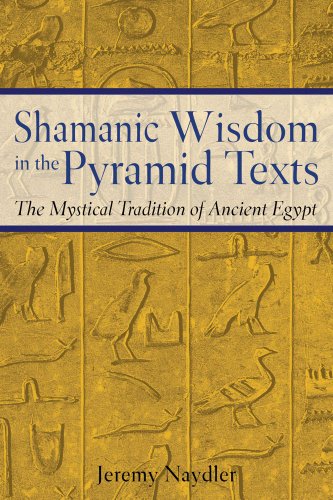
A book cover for Shamanic Wisdom in the Pyramid Texts: The Mystical Tradition of Ancient Egypt; Jeremy Naydler; History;